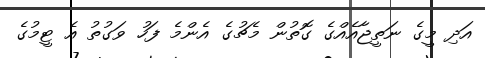
އަދި މީގެ ނަތީޖާއެއްގެ ގޮތުން މެޗުގެ އެންމެ ފަހު ވަގުތު އެ ޓީމުގެ